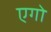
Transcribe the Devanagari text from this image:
एगो